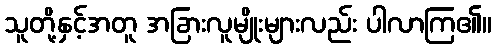
သူတို့နှင့်အတူ အခြားလူမျိုးများလည်း ပါလာကြ၏။